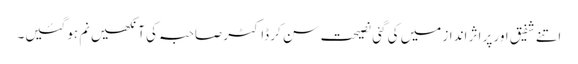
اتنے شفیق اور پر اثر انداز میں کی گئی نصیحت سن کر ڈاکٹر صاحبہ کی آنکھیں نم ہو گئیں۔